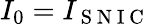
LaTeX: I_{0}=I_{\mathrm{~S~N~I~C~}}